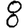
Digit: 8